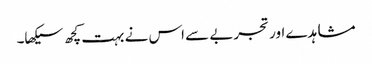
مشاہدے اور تجربے سے اس نے بہت کچھ سیکھا۔